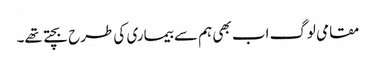
مقامی لوگ اب بھی ہم سے بیماری کی طرح بچتے تھے۔